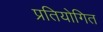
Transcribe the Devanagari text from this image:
प्रतियोगित